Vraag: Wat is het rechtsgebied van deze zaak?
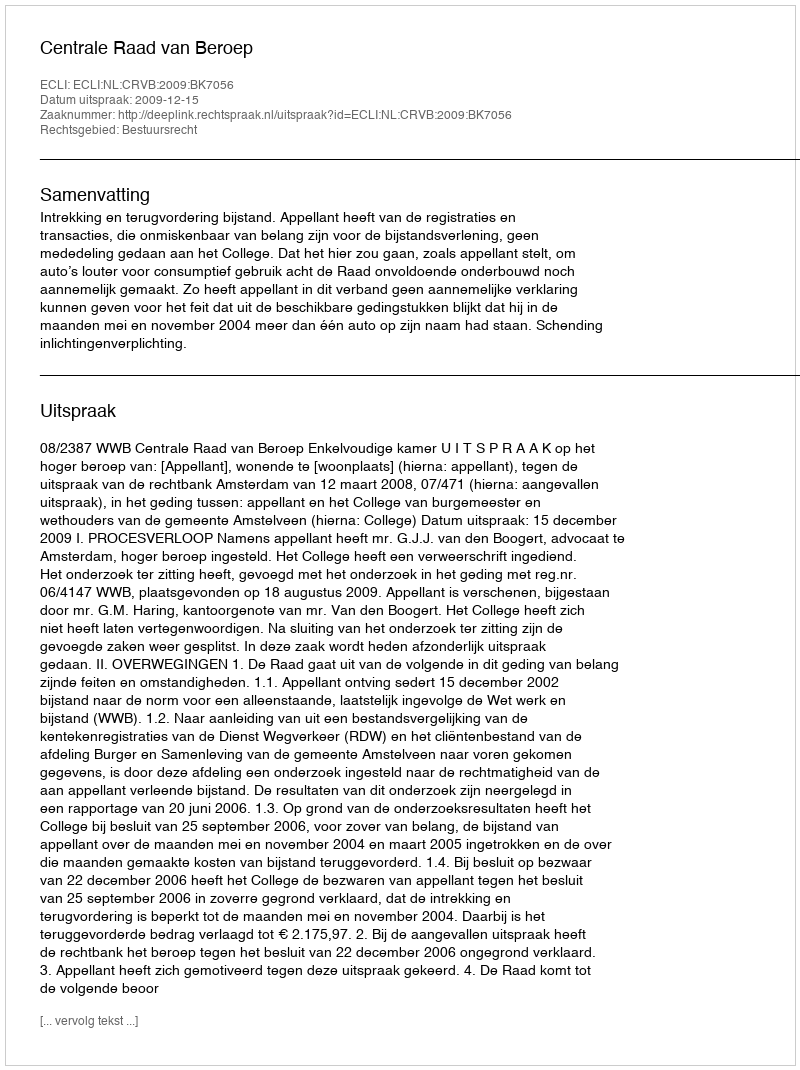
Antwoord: Bestuursrecht